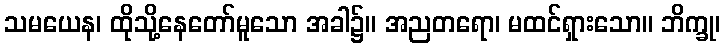
သမယေန၊ ထိုသို့နေတော်မူသော အခါ၌။ အညတရော၊ မထင်ရှားသော။ ဘိက္ခု၊